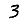
Digit: 3